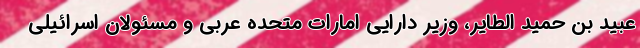
عبید بن حمید الطایر، وزیر دارایی امارات متحده عربی و مسئولان اسرائیلی